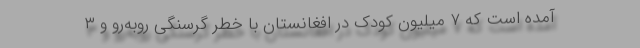
آمده است که ۷ میلیون کودک در افغانستان با خطر گرسنگی روبه‌رو و ۳